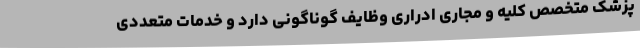
پزشک متخصص کلیه و مجاری ادراری وظایف گوناگونی دارد و خدمات متعددی